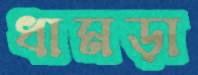
ধামড়া